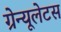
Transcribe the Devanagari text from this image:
ग्रेन्यूलेटस